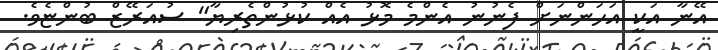
އޭނާ އަކީ އަހަންނަށް ފެނުނު އެންމެ މޮޅު އެއް ކުޅުންތެރިޔާ" ސުއަރޭޒް ބުންޏެވެ.